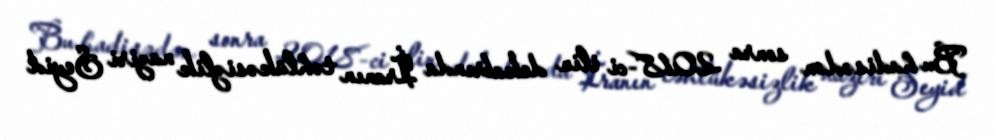
Bu hadisədən sonra 2018-ci ilin dekabrında İranın təhlükəsizlik naziri Seyid